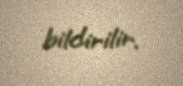
bildirilir.